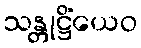
သန္တုဋ္ဌိံယေဝ